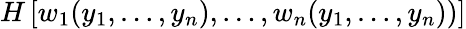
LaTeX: H\left[w_{1}(y_{1},\dots,y_{n}),\dots,w_{n}(y_{1},\dots,y_{n}))\right]